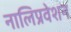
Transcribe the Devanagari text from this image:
नालिप्रवेशन